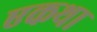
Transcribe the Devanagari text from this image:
एकथा